Plague in India, 1896, 1897 - Volume 3
Year: 1896
Disease focus: Plague
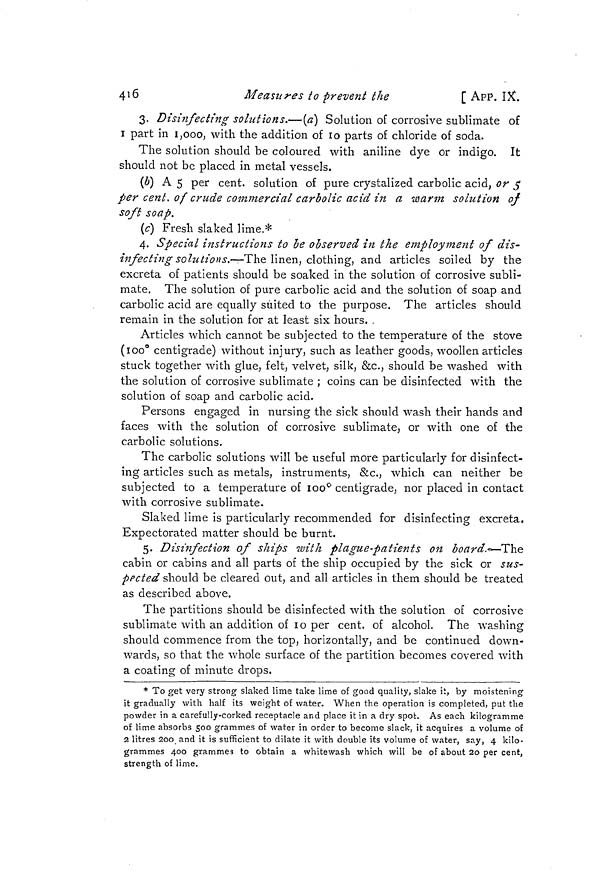
4 ! 6
Measures to prevent the
[ APP. IX.
3. Disinfecting sohitions.—(a) Solution of corrosive sublimate of
i part in 1,000, with the addition of 10 parts of chloride of soda.
The solution should be coloured with aniline dye or indigo. It
should not be placed in metal vessels.
(o) A 5 per cent, solution of pure crystalized carbolic acid, or $
per cent, of crude commercial carbolic acid in a warm solution of
soft soap.
(c] Fresh slaked lime.*
4. Special instructions to be observed in the employment of dis-
infecting sohitions,—The linen, clothing, and articles soiled by the
excreta of patients should be soaked in the solution of corrosive subli-
mate. The solution of pure carbolic acid and the solution of soap and
carbolic acid are equally suited to the purpose. The articles should
remain in the solution for at least six hours. .
Articles which cannot be subjected to the temperature of the stove
(100° centigrade) without injury, such as leather goods, woollen articles
stuck together with glue, felt, velvet, silk, &c., should be washed with
the solution of corrosive sublimate ; coins can be disinfected with the
solution of soap and carbolic acid.
Persons encased in nursing the sick should wash their hands and
O
O
O
faces with the solution of corrosive sublimate, or with one of the
carbolic solutions.
The carbolic solutions will be useful more particularly for disinfect-
ing articles such as metals, instruments, &c., which can neither be
subjected to a temperature of 100° centigrade, nor placed in contact
with corrosive sublimate.
Slaked lime is particularly recommended for disinfecting excreta.
Expectorated matter should be burnt.
5. Disinfection of ships with plague-patients on board,*— The
cabin or cabins and all parts of the ship occupied by the sick or sus-
pected should be cleared out, and all articles in them should be treated
as described above.
The partitions should be disinfected with the solution of corrosive
sublimate with an addition of 10 per cent, of alcohol. The washing
should commence from the top, horizontally, and be continued down-
wards, so that the whole surface of the partition becomes covered with
a coating of minute drops.
* To get very strong slaked lime take lime of good quality, slake it, by moistening
it gradually with half its weight of water. When the operation is completed, put the
powder in a carefully-corked receptacle and place it in a dry spot. As each kilogramme
of lime absorbs 500 grammes of water in order to become slack, it acquires a volume of
2 litres 200 and it is sufficient to dilate it with double its volume of water, say, 4 kilo-
grammes 400 grammes to obtain a whitewash which will be of about 20 per cent,
strength of lime.